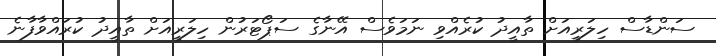
ސަންޑާސް ހިލަރީއަށް ތާއީދު ކުރެއްވި ނަމަވެސް އޭނާގެ ސަޕޯޓަރުން ހިލަރީއަށް ތާއީދު ކުރައްވާފާނެ